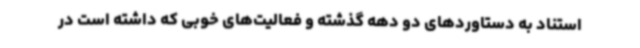
استناد به دستاوردهای دو دهه گذشته و فعالیت‌های خوبی که داشته است در